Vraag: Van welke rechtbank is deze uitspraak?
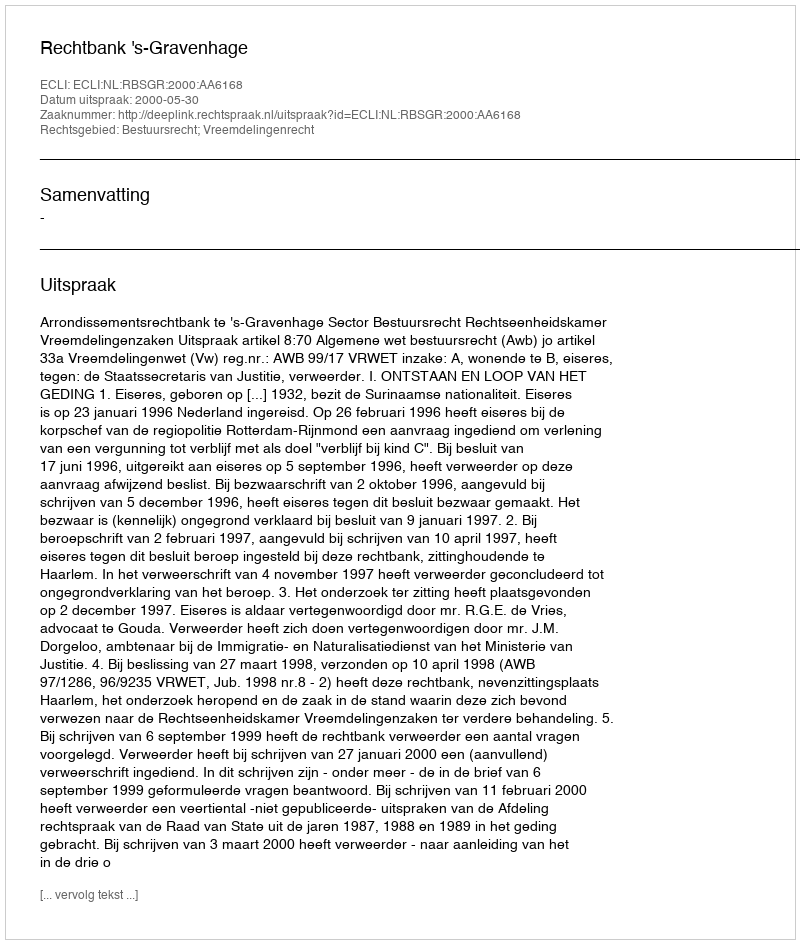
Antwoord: Rechtbank 's-Gravenhage